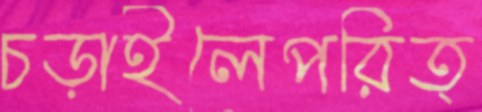
চড়াইলেপরিত্